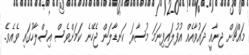
މައްޗަށް ޖިނާއީ ދައުވާއެއް އުފުލައިފިނަމަ މުސާރަ ކަނޑާލަން ޖެހޭނެ ކަމަށްވެސް އިސްލާހުގައި ވެއެވެ.